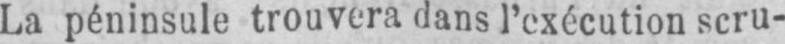
La péninsule trouvera dans l’exécution scru-